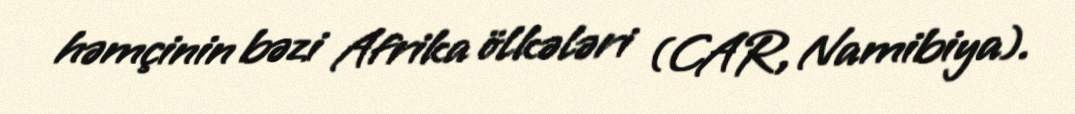
həmçinin bəzi Afrika ölkələri (CAR, Namibiya).